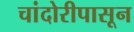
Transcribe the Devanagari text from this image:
चांदोरीपासून